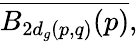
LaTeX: {\overline{{B_{2d_{g}(p,q)}(p)}}},